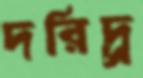
দরিদ্র্র